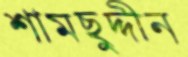
শামছুদ্দীন